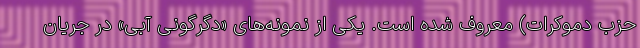
حزب دموکرات) معروف شده است. یکی از نمونه‌های «دگرگونی آبی» در جریان